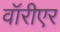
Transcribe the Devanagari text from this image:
वॉरीएर